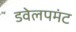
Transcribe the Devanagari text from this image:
डवेलपमंट